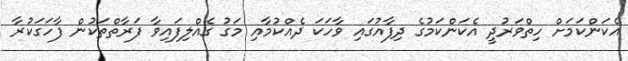
އެކަންކަމަށް ހިތްވަރުދީ އެކަންކަމުގެ ދިފާއުގައި ވާހަކަ ދެއްކުމާއި މަގު ގެއްލިފައިވާ ފަރާތްތަކުން ފާހަގަކުރާ